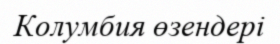
Колумбия өзендері